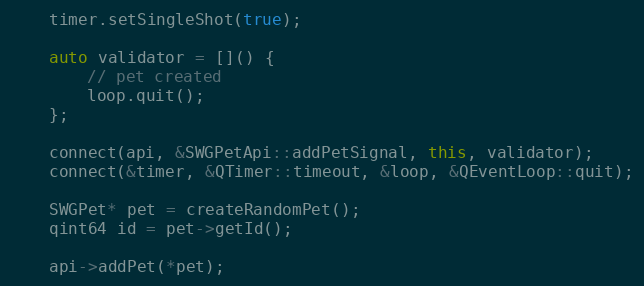
Language: C++
    timer.setSingleShot(true);

    auto validator = []() {
        // pet created
        loop.quit();
    };

    connect(api, &SWGPetApi::addPetSignal, this, validator);
    connect(&timer, &QTimer::timeout, &loop, &QEventLoop::quit);

    SWGPet* pet = createRandomPet();
    qint64 id = pet->getId();

    api->addPet(*pet);